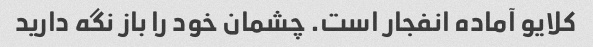
کلایو آماده انفجار است. چشمان خود را باز نگه دارید